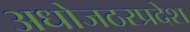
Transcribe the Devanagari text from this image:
अधोजठरप्रदेश